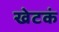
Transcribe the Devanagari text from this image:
खेटकं